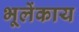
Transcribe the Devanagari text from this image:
भूलेंकाय